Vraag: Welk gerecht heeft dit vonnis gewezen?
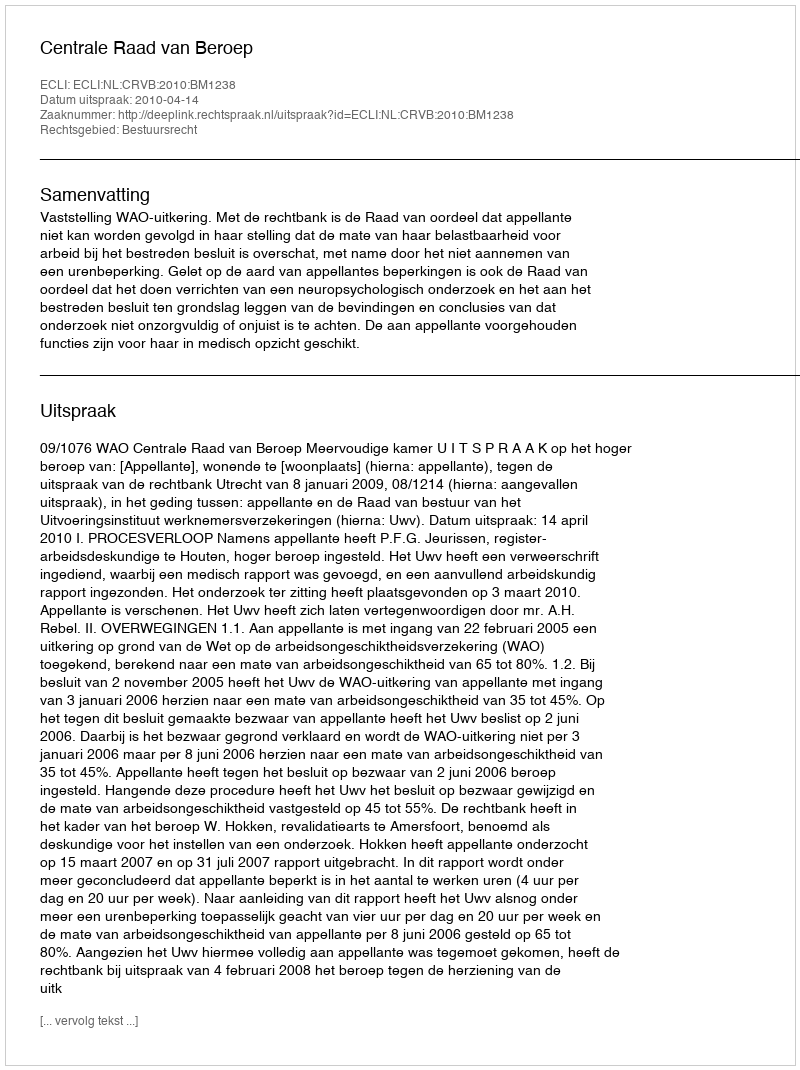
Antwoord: Centrale Raad van Beroep